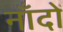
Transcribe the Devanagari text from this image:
नाँदों